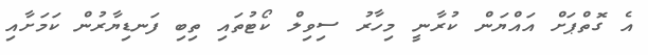
އެ ގޮތްޕަށް އައްޔަން ކުރާނީ މިހާރު ސިވިލް ކޯޓުތައި ތިބި ފަނޑިޔާރުން ކަމަށާއި